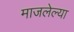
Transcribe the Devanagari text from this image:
माजलेल्या